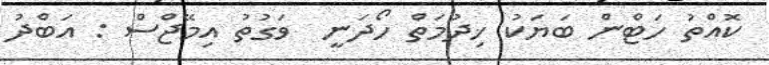
ކޮއްތު ހަޓްން ބަޔަކު ޚިދުމަތް ހޯދަނީ  ވަގުތު އިމޭޖްސް : އަބްދު